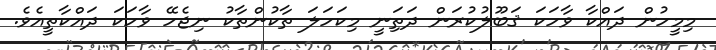
މިމީހުން ދައްކާ ވާހަކަ ޤަބޫލުކުރަން ދަތިަނީ މިކަހަލަ ތާކުންތާކު ނިޖެހޭ ވާހަކަ ދައްކާތީއެވެ.